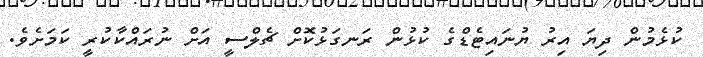
ކުޅެމުން ދިޔަ އިރު ޔުނައިޓެޑްގެ ކުޅުން ރަނގަޅުކޮށް ޗެލްސީ އަށް ނުރައްކާކުރީ ކަމަށެވެ.